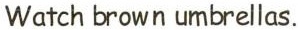
Watch brown umbrellas.